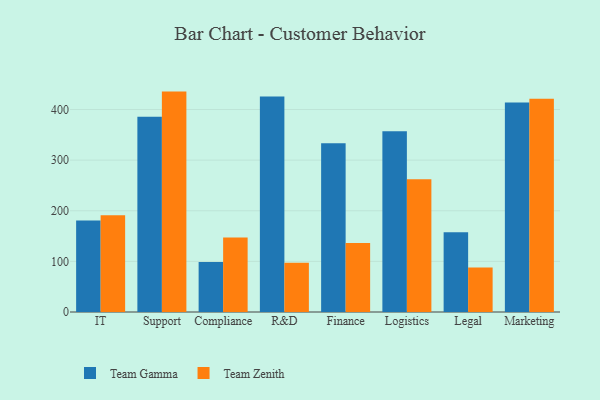
{"axis": {"x": "Department", "y": "Latency (ms)"}, "legend": ["Team Gamma", "Team Zenith"], "data": [{"x": "IT", "y": 180.6, "type": "Team Gamma"}, {"x": "IT", "y": 191.3, "type": "Team Zenith"}, {"x": "Support", "y": 385.6, "type": "Team Gamma"}, {"x": "Support", "y": 435.4, "type": "Team Zenith"}, {"x": "Compliance", "y": 99.0, "type": "Team Gamma"}, {"x": "Compliance", "y": 147.2, "type": "Team Zenith"}, {"x": "R&D", "y": 425.5, "type": "Team Gamma"}, {"x": "R&D", "y": 97.4, "type": "Team Zenith"}, {"x": "Finance", "y": 333.6, "type": "Team Gamma"}, {"x": "Finance", "y": 136.4, "type": "Team Zenith"}, {"x": "Logistics", "y": 357.0, "type": "Team Gamma"}, {"x": "Logistics", "y": 262.4, "type": "Team Zenith"}, {"x": "Legal", "y": 157.3, "type": "Team Gamma"}, {"x": "Legal", "y": 87.9, "type": "Team Zenith"}, {"x": "Marketing", "y": 413.7, "type": "Team Gamma"}, {"x": "Marketing", "y": 421.3, "type": "Team Zenith"}]}